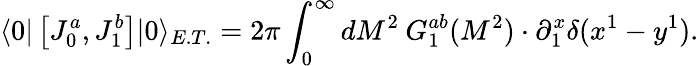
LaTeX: \langle 0|\left[J_{0}^{a},J_{1}^{b}\right]|0\rangle_{E.T.}=2\pi\int_{0}^{\infty}{dM^{2}\: G_{1}^{ab}(M^{2})}\cdot\partial_{1}^{x}\delta(x^{1}-y^{1}).